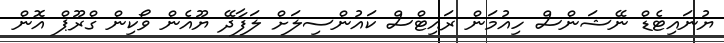
ޔުނައިޓެޑް ނޭޝަންސް ހިއުމަން ރައިޓްސް ކައުންސިލަށް ލަފާދޭ ޔޫއެން ވޯކިން ގްރޫޕް އޮން